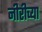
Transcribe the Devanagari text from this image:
नीरीच्या